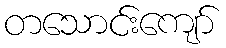
တသောင်းကျော်